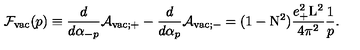
{ \cal F } _ { \mathrm { v a c } } ( p ) \equiv \frac { d } { d { \alpha } _ { - p } } { \cal A } _ { \mathrm { v a c } ; + } - \frac { d } { d { \alpha } _ { p } } { \cal A } _ { \mathrm { v a c } ; - } = ( 1 - \mathrm { N } ^ { 2 } ) \frac { e _ { + } ^ { 2 } \mathrm { L } ^ { 2 } } { 4 { \pi } ^ { 2 } } \frac { 1 } { p } .